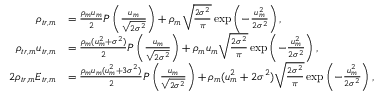
\begin{array} { r l } { \rho _ { t r , m } } & { = \frac { \rho _ { m } u _ { m } } { 2 } P \left( \frac { u _ { m } } { \sqrt { 2 \sigma ^ { 2 } } } \right) + \rho _ { m } \sqrt { \frac { 2 \sigma ^ { 2 } } { \pi } } \exp \left( - \frac { u _ { m } ^ { 2 } } { 2 \sigma ^ { 2 } } \right) , } \\ { \rho _ { t r , m } u _ { t r , m } } & { = \frac { \rho _ { m } ( u _ { m } ^ { 2 } + \sigma ^ { 2 } ) } { 2 } P \left( \frac { u _ { m } } { \sqrt { 2 \sigma ^ { 2 } } } \right) + \rho _ { m } u _ { m } \sqrt { \frac { 2 \sigma ^ { 2 } } { \pi } } \exp \left( - \frac { u _ { m } ^ { 2 } } { 2 \sigma ^ { 2 } } \right) , } \\ { 2 \rho _ { t r , m } E _ { t r , m } } & { = \frac { \rho _ { m } u _ { m } ( u _ { m } ^ { 2 } + 3 \sigma ^ { 2 } ) } { 2 } P \left( \frac { u _ { m } } { \sqrt { 2 \sigma ^ { 2 } } } \right) + \rho _ { m } ( u _ { m } ^ { 2 } + 2 \sigma ^ { 2 } ) \sqrt { \frac { 2 \sigma ^ { 2 } } { \pi } } \exp \left( - \frac { u _ { m } ^ { 2 } } { 2 \sigma ^ { 2 } } \right) , } \end{array}